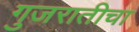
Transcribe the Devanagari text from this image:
गुजरातीचा